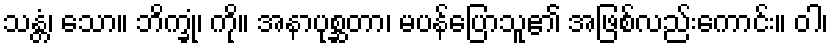
သန္တံ၊ သော။ ဘိက္ခုံ၊ ကို။ အနာပုစ္ဆတာ၊ မပန်ပြောသူ၏ အဖြစ်လည်းကောင်း။ ဝါ၊